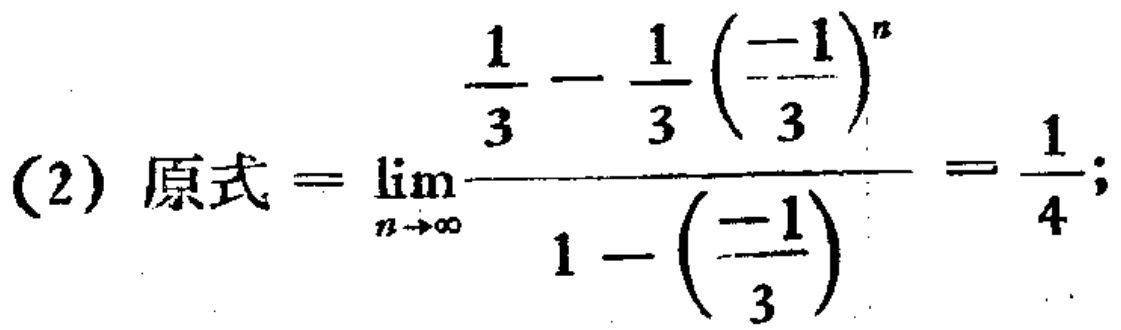
(2) 原式\(=\lim_{n \to \infty} \frac{\frac{1}{3} - \frac{1}{3} \left(\frac{-1}{3}\right)^n}{1 - \left(\frac{-1}{3}\right)} = \frac{1}{4}\);